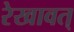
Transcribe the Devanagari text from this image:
रेखावत्‌